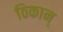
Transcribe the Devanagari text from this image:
ठिकान्